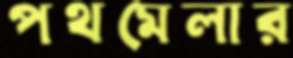
পথমেলার